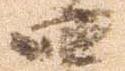
四